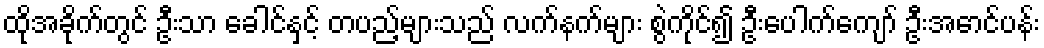
ထိုအခိုက်တွင် ဦးသာ ခေါင်နှင့် တပည့်များသည် လက်နက်များ စွဲကိုင်၍ ဦးပေါက်ကျော် ဦးအောင်ပန်း